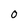
Character: 0